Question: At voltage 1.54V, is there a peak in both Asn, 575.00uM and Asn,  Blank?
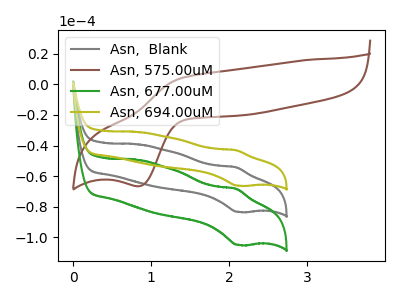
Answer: <think>The gray curve "Asn,  Blank" has an anodic peak at (2.10V, -54.30uA) and a cathodic peak at (2.10V, -83.50uA). The brown curve "Asn, 575.00uM" has an anodic peak at (1.40V, 4.45uA) and a cathodic peak at (0.85V, -66.65uA). The green curve "Asn, 677.00uM" has an anodic peak at (2.10V, -108.55uA) and a cathodic peak at (2.10V, -167.00uA). The olive curve "Asn, 694.00uM" has an anodic peak at (2.10V, -43.10uA) and a cathodic peak at (2.10V, -66.30uA).</think>
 <answer>No, "Asn, 575.00uM" and "Asn,  Blank" dont share a peak at 1.54V.</answer>
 <eval>mismatch</eval>